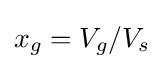
x_{g}=V_{g}/V_{s}